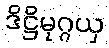
ဒိဋ္ဌိမုဂ္ဂယှ